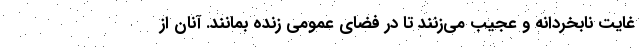
غایت نابخردانه و عجیب می‌زنند تا در فضای عمومی زنده بمانند. آنان از